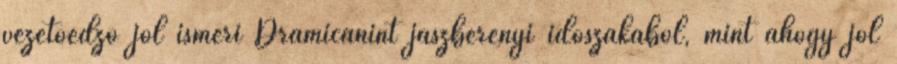
vezetőedző jól ismeri Dramicanint jászberényi időszakából, mint ahogy jól